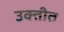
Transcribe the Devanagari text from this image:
उक्तीत